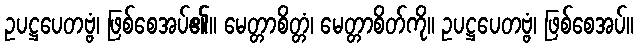
ဥပဋ္ဌပေတဗ္ဗံ၊ ဖြစ်စေအပ်၏။ မေတ္တာစိတ္တံ၊ မေတ္တာစိတ်ကို။ ဥပဋ္ဌပေတဗ္ဗံ၊ ဖြစ်စေအပ်။